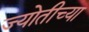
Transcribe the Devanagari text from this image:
ज्योतीच्या